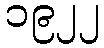
၁၉၂၂